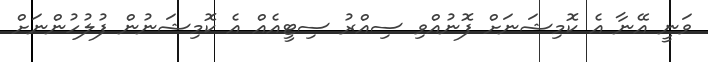
ވަނީ އޭނާ އެ ކޮމިޝަނަށް ފޮނުއްވި ސިއްރު ސިޓީއެއް އެ ކޮމިޝަނުން ފުލުހުންނަށް